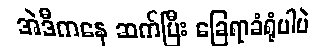
အဲဒီကနေ ဆက်ပြီး ခြေရာခံရုံပါပဲ